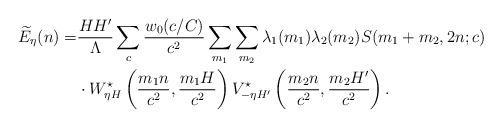
LaTeX: \begin{align*}\widetilde{E}_\eta(n)=&\frac{HH'}{\Lambda}\sum_{c}\frac{w_0(c/C)}{c^2}\sum_{m_1}\sum_{m_2}\lambda_{1}(m_1)\lambda_{2}(m_2)S(m_1+m_2,2n;c)\\&\cdot W^{\star}_{\eta H}\left(\frac{m_1n}{c^2},\frac{m_1H}{c^2}\right)V^{\star}_{-\eta H'}\left(\frac{m_2n}{c^2},\frac{m_2H'}{c^2}\right).\end{align*}